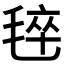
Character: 𰚡